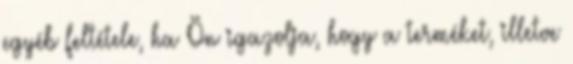
egyéb feltétele, ha Ön igazolja, hogy a terméket, illetve